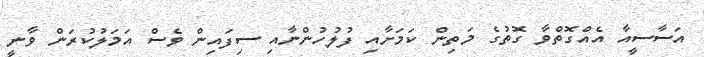
އަސާސީއާ އެއްގޮތްވާ ގޮތުގެ މަތިން ކަމަށާއި ފުލުހުންނާއި ސިފައިން ވެސް އަމަލުކުރަން ވާނީ